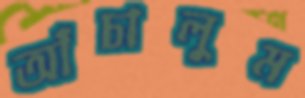
আঁচালুম